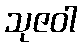
သုဇဝါ